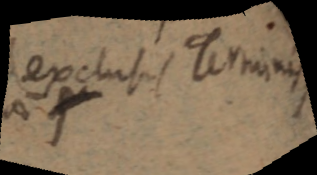
(exclusis Terminis)